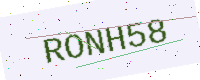
Text: RONH58